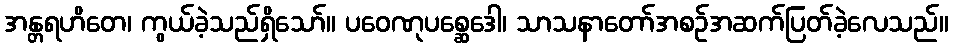
အန္တရဟိတေ၊ ကွယ်ခဲ့သည်ရှိသော်။ ပဝေဏုပစ္ဆေဒေါ၊ သာသနာတော်အစဉ်အဆက်ပြတ်ခဲ့လေသည်။